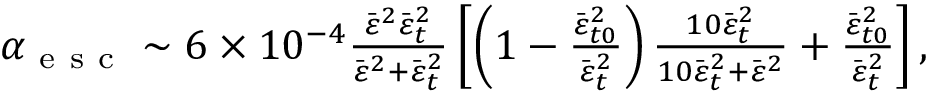
\begin{array} { r } { \alpha _ { \mathrm { ~ e ~ s ~ c ~ } } \sim 6 \times 1 0 ^ { - 4 } \frac { \bar { \varepsilon } ^ { 2 } \bar { \varepsilon } _ { t } ^ { 2 } } { \bar { \varepsilon } ^ { 2 } + \bar { \varepsilon } _ { t } ^ { 2 } } \left[ \left( 1 - \frac { \bar { \varepsilon } _ { t 0 } ^ { 2 } } { \bar { \varepsilon } _ { t } ^ { 2 } } \right) \frac { 1 0 \bar { \varepsilon } _ { t } ^ { 2 } } { 1 0 \bar { \varepsilon } _ { t } ^ { 2 } + \bar { \varepsilon } ^ { 2 } } + \frac { \bar { \varepsilon } _ { t 0 } ^ { 2 } } { \bar { \varepsilon } _ { t } ^ { 2 } } \right] , } \end{array}